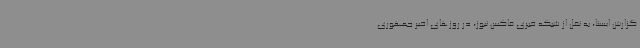
گزارش ایسنا، به نقل از شبکه خبری فاکس نیوز، در روزهای اخیر جمهوری